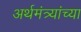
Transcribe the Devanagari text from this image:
अर्थमंत्र्यांच्या